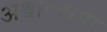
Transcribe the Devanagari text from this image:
अश्वात्थामा